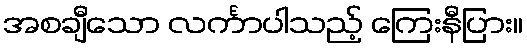
အစချီသော လင်္ကာပါသည့် ကြေးနီပြား။